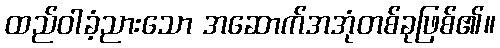
ထည်ဝါခံ့ညားသော အဆောက်အအုံတစ်ခုဖြစ်၏။